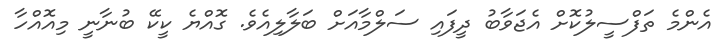
އެންމެ ތަފްސީލުކޮށް އެޖަވާބު ދީފައި ސަލްމާއަށް ބަލާލިއެވެ. ގޮއްޔެ ކީކޭ ބުނާނީ މިއޮއްހާ